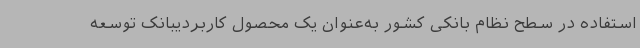
استفاده در سطح نظام بانکی کشور به‌عنوان یک محصول کاربردیبانک توسعه